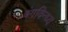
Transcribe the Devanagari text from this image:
बंगविन्ध्य